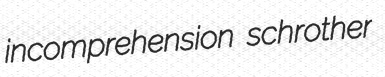
incomprehension schrother